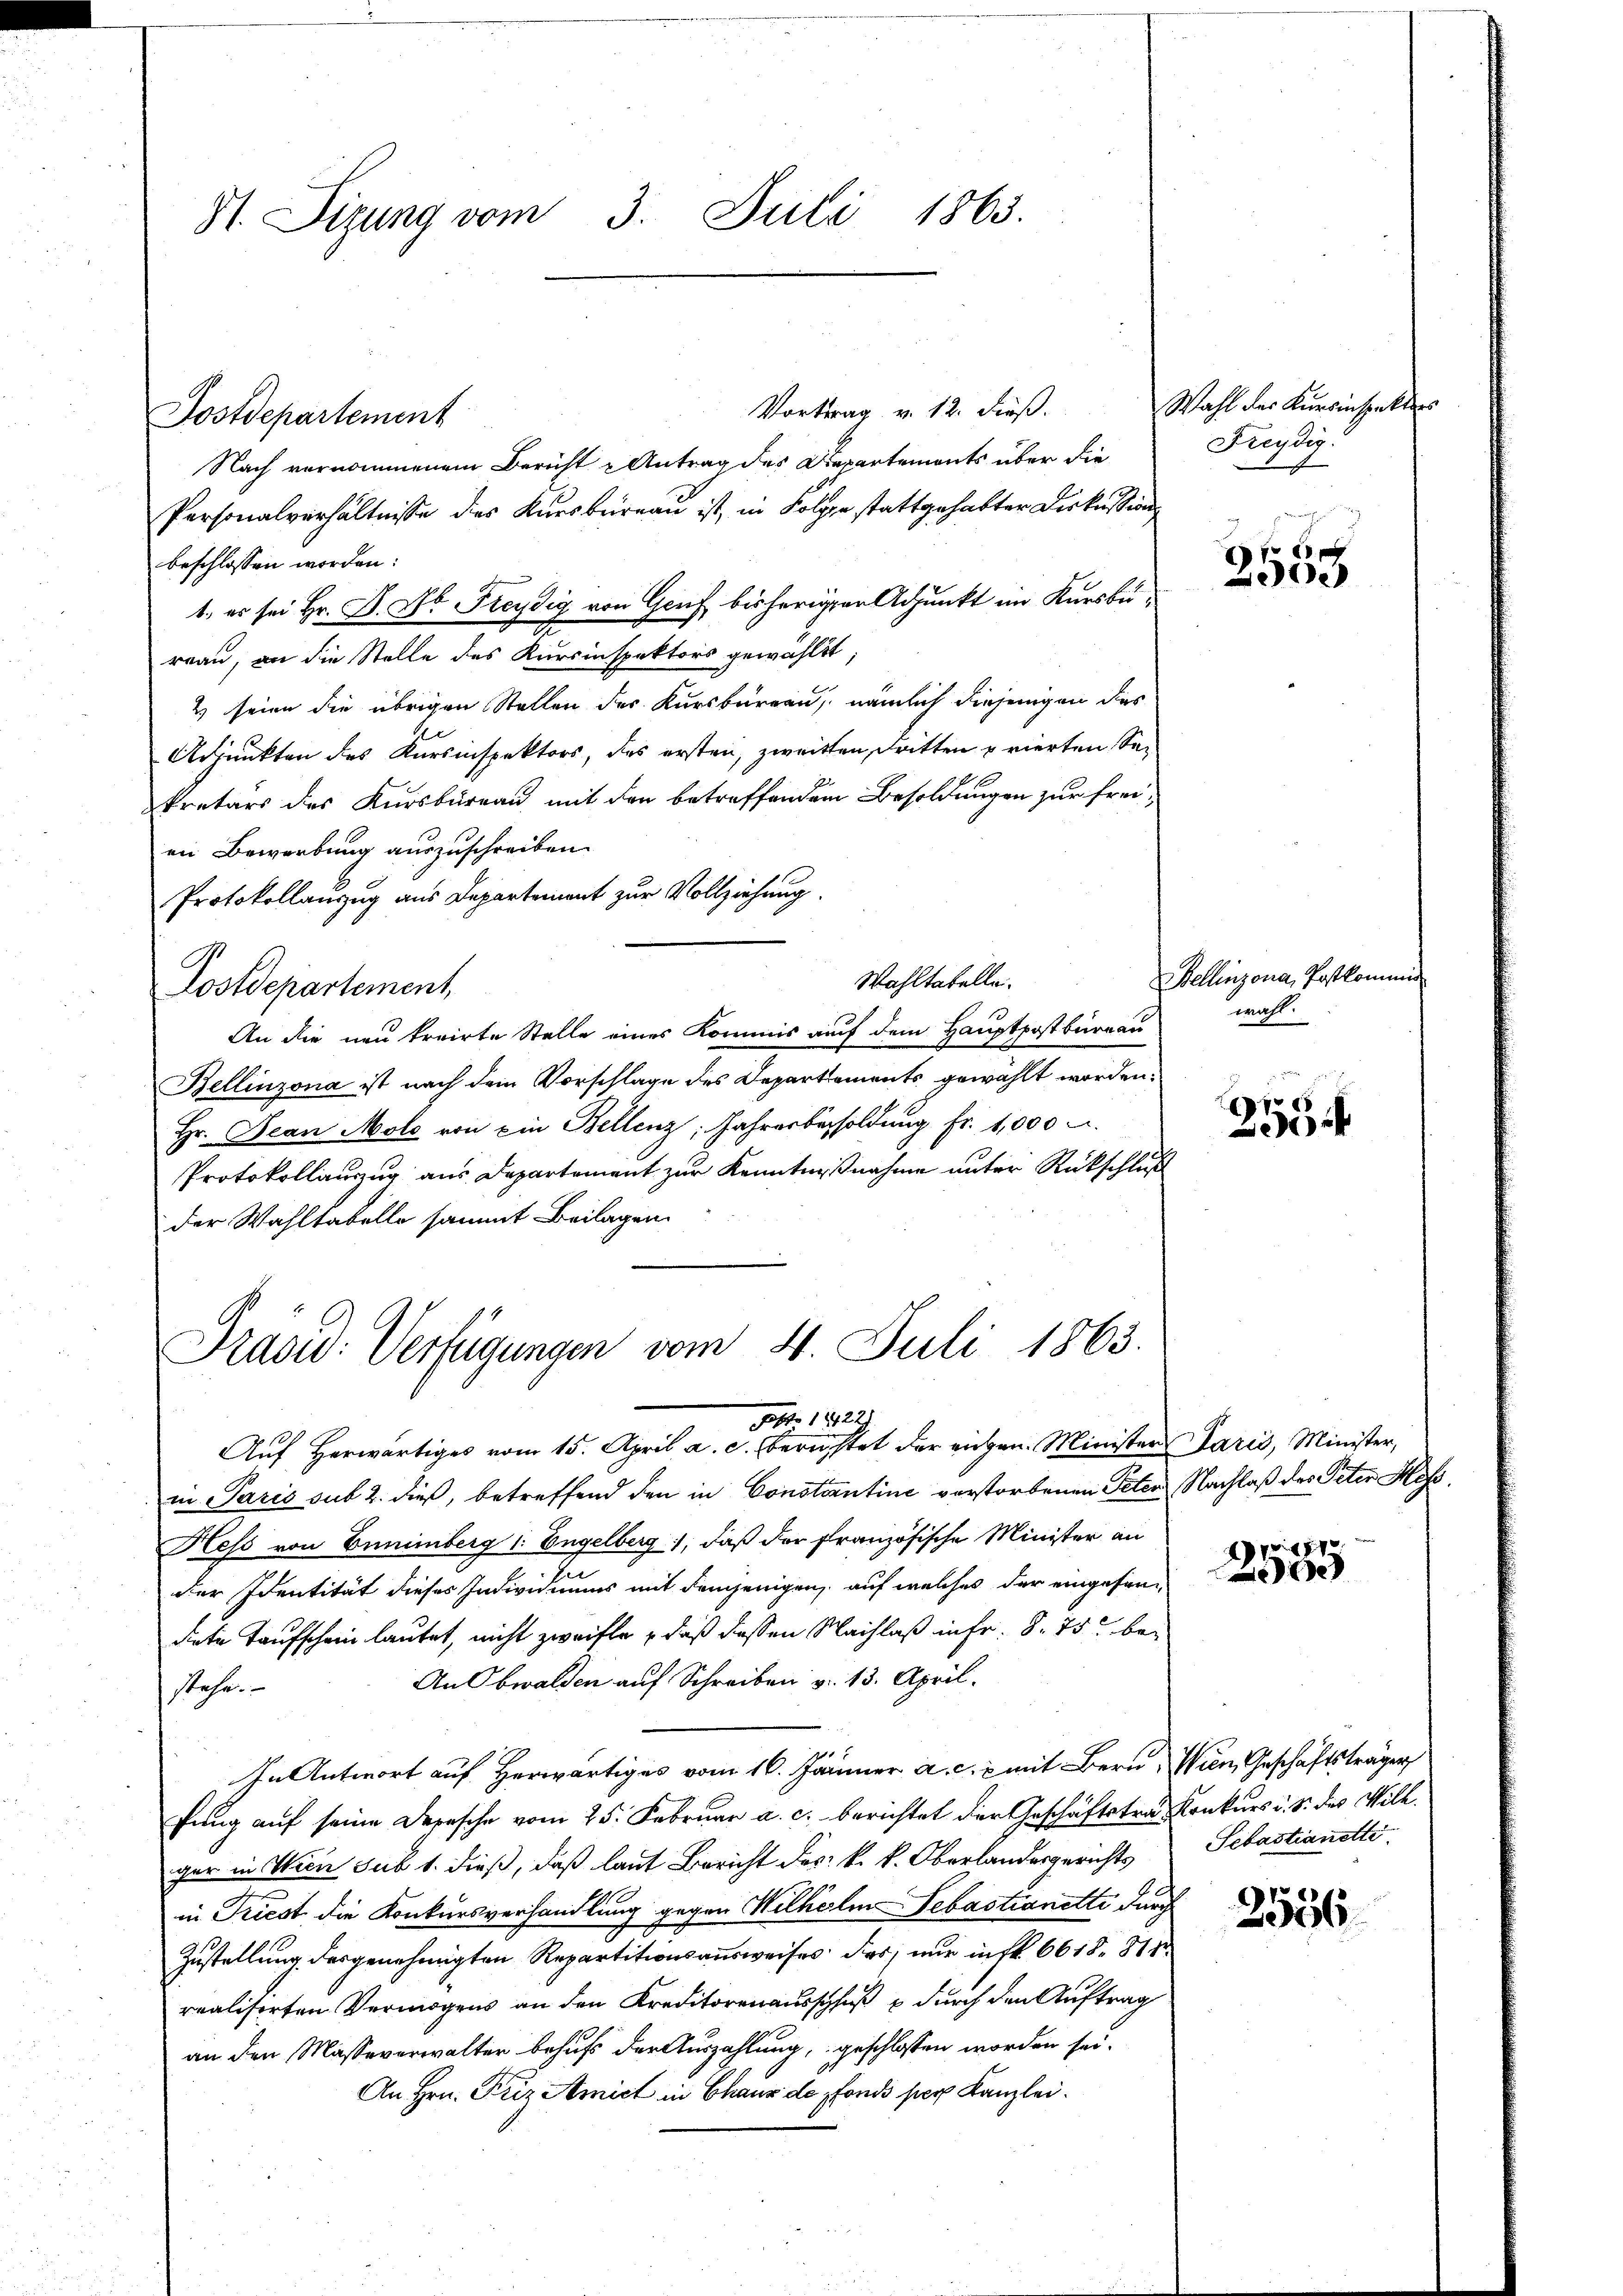
St. Sizung vom 3. Juli 1863.

Postdepartement

Vortrag v. 12. dieß.
Nach vernommenem Bericht u Antrag des Departemonts über die
Personalverhältnisse des Kursbureau ist, in Folge stattgehabter Diskussion
beschlossen worden:
1., es sei Hr. D. W. Freydig von Genf bisheriger Adjunkt im Kursbereau, an die Stelle des Kursinspektors gewählt;
2) seien die übrigen Stellen des Kursbüreau, nämlich diejenigen das
Adjunkten des Kursinspektors, das ersten, zweitten dritten prierten Sekretärs des Kursbureau mit den betreffendem Besoldungen zur freien Bewerbung auszuschreiben.
Protokollauszug aus Departement zur Vollziehung.
Wahltatelle.
Postdepartement,
An die neu trairte Stelle eines Kommis auf dem Hauptpostbüreau
Bellinzona ist nach dem Vorschlage des Departements gewählt worden.
Hr. Jean Mole von ein Bellenz, Jahresbesoldung fr. 1,000 u.
Protokollauszug aus Departement zur Kenntnißnahme unter Rückschluß
der Wahltatelle sammt Beilagen

Prasid. Verfügungen vom 4. Juli 1863.
pt. 1922.
Aŭf herwärtiges vom 15. April a. c. berechtet der eigen. Minister Paris, Minister,

in Paris sub 2. dieß, betreffend den in Constantine verstorbenen Peten Nachlaß des Peter Mas
Hess von Bunimberg 1. Engelberg, daß der französische Minister an
In
der Identität dieses Individuums mit demjenigen, auf welches der eingesandiete Taufschein lautet, nicht zweifle , daß dassen Nachlaß in fr. 8. 75 be¬
An Obwalden auf Schreiben v. 13. April.
stehe.
In Antwort auf Herwärtiges vom 16. Jänner a. c. 2 mit Bern, Wien, Geschäftsträger
fung auf seine Depesche vom 25. Februar a. c. berichtet der Geschäftstrag Konkurs u. S. des Wilh.
ger in Wien sub 1. dieß, daß laut Bericht des k. k. Oberlandesgerichts
in Triest die Konkursverhandlung gegen Wilhelm Sebastianetti durch
Zustellung des genehmigten Repartitionsausweises: das nur in fl. 6618. 811
realisirten Vermögens an den Kreditorenausschluß durch den Auftrag
an den Masseverwalter behufs der Auszahlung, geschlossen worden sei.
An Hrn. Friz Amict in Chaux de pfonds per Kanzlei.

Wahl der Kursinspekt
Freydig.

f
e

Bellinzona, Postkomm
wahl.

715
0

18
e

Sebastianette.

2556